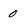
Character: 0